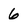
Character: 6